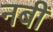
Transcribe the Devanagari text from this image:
नबीं